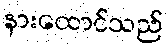
နားထောင်သည်